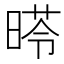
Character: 𣉏